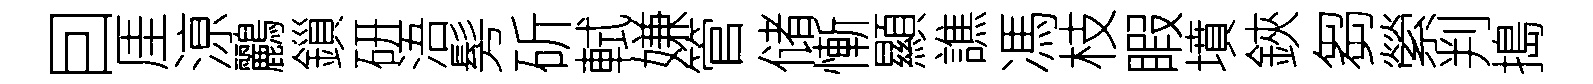
囙厓鿌鸝鎻研浯髣斫軾嫌管储慚顯譙馮枝睱墳鋏芻縈判搗